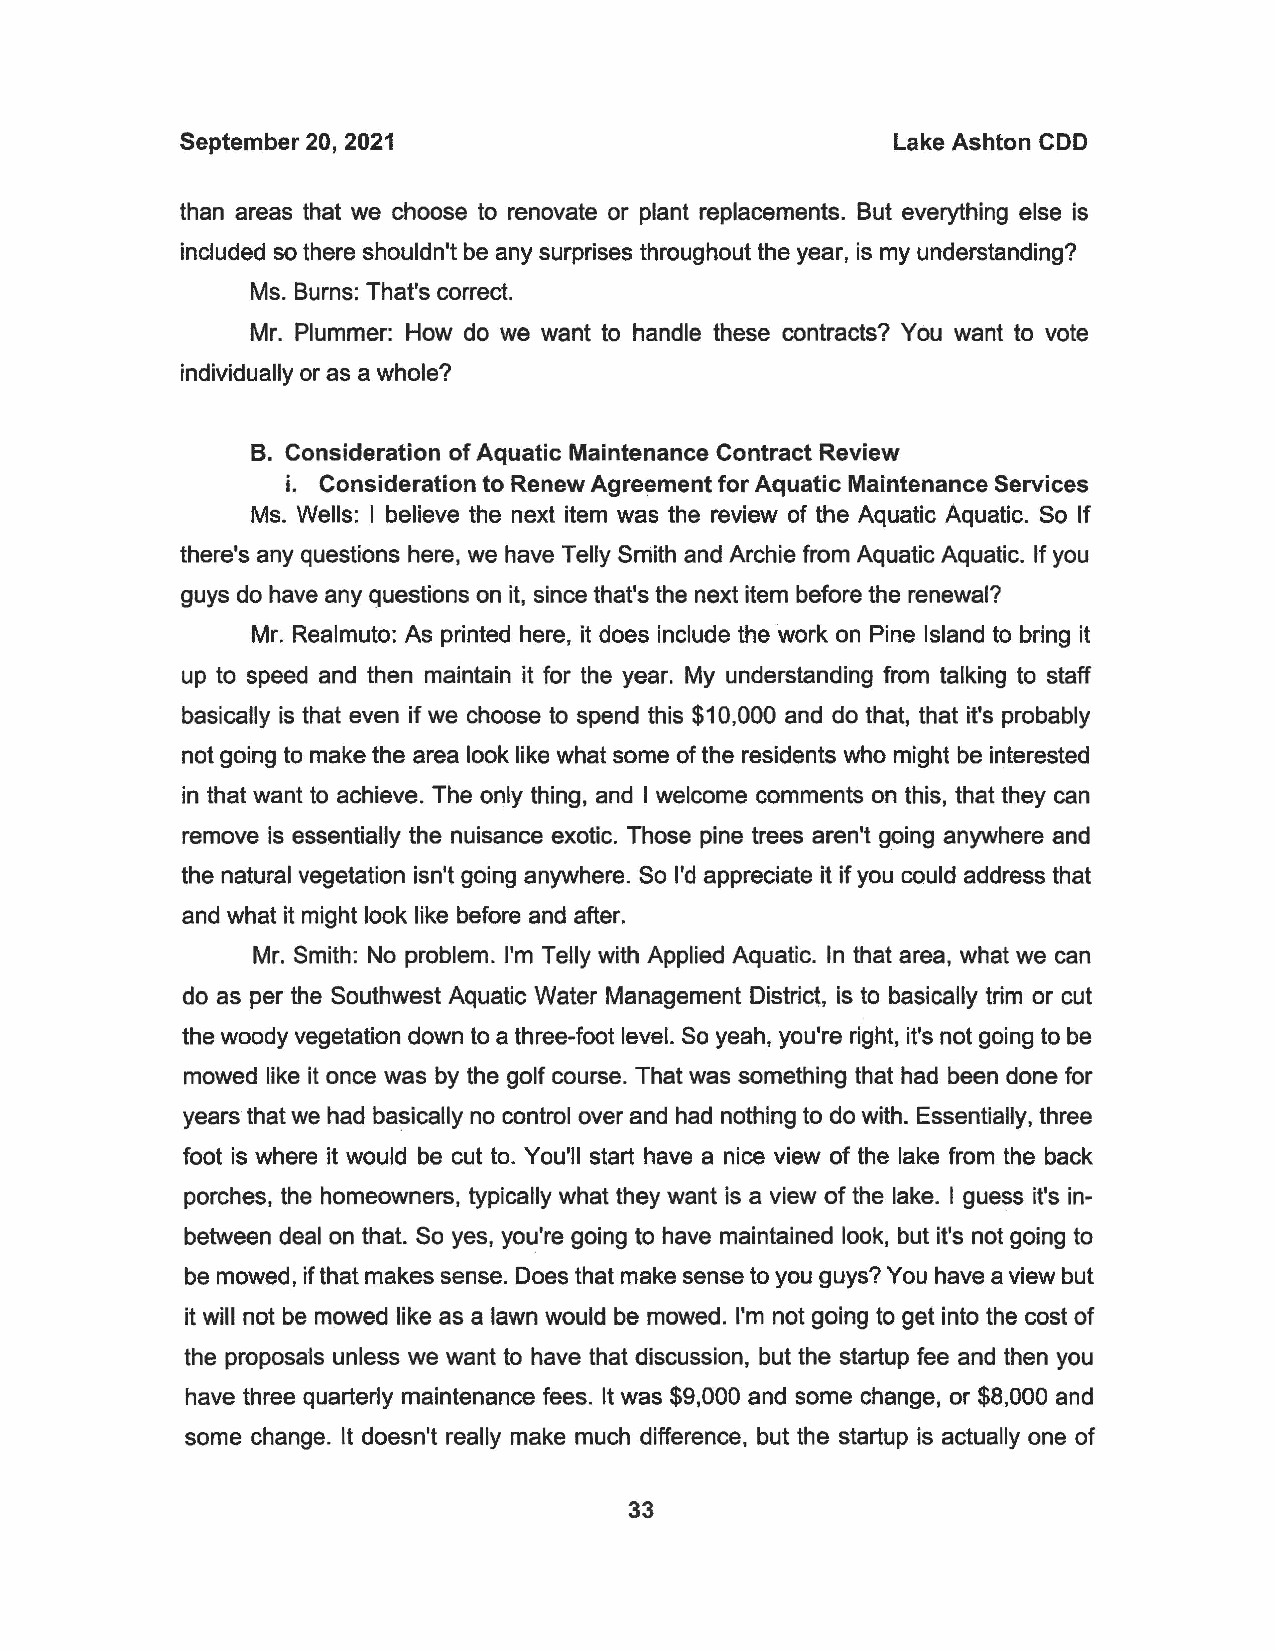
September 20, 2021                             Lake Ashton CDD
 than areas that we choose to renovate or plant replacements. But everything else is
 included so there shouldn't be any surprises throughout the year, is my understanding?
 Ms. Burns: That's correct.
 Mr. Plummer: How do we want to handle these contracts? You want to vote
 individually or as a whole?
 8. Consideration of Aquatic Maintenance Contract Review
 i. Consideration to Renew Agreement for Aquatic Maintenance Services
 Ms. Wells: I believe the next item was the review of the Aquatic Aquatic. So If
 there's any questions here, we have Telly Smith and Archie from Aquatic Aquatic. If you
 guys do have any questions on it, since that's the next item before the renewal?
 Mr. Realmuto: As printed here, it does include the work on Pine Island to bring it
 up to speed and then maintain it for the year. My understanding from talking to staff
 basically is that even if we choose to spend this $10,000 and do that, that it's probably
 not going to make the area look like what some of the residents who might be interested
 in that want to achieve. The only thing, and I welcome comments on this, that they can
 remove is essentially the nuisance exotic. Those pine trees aren't going anywhere and
 the natural vegetation isn't going anywhere. So I'd appreciate it if you could address that
 and what it might look like before and after.
 Mr. Smith: No problem. I'm Telly with Applied Aquatic. In that area, what we can
 do as per the Southwest Aquatic Water Management District, is to basically trim or cut
 the woody vegetation down to a three-foot level. So yeah, you're right, it's not going to be
 mowed like it once was by the golf course. That was something that had been done for
 years that we had basically no control over and had nothing to do with. Essentially, three
 foot is where it would be cut to. You'll start have a nice view of the lake from the back
 porches, the homeowners, typically what they want is a view of the lake. I guess it's in
 between deal on that. So yes, you're going to have maintained look, but it's not going to
 be mowed, if that makes sense. Does that make sense to you guys? You have a view but
 it will not be mowed like as a lawn would be mowed. I'm not going to get into the cost of
 the proposa1s unless we want to have that discussion, but the startup fee and then you
 have three quarterly maintenance fees. It was $9,000 and some change, or $8,000 and
 some change. It doesn't really make much difference, but the startup is actually one of
 33